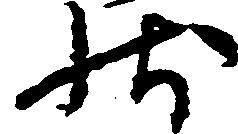
状